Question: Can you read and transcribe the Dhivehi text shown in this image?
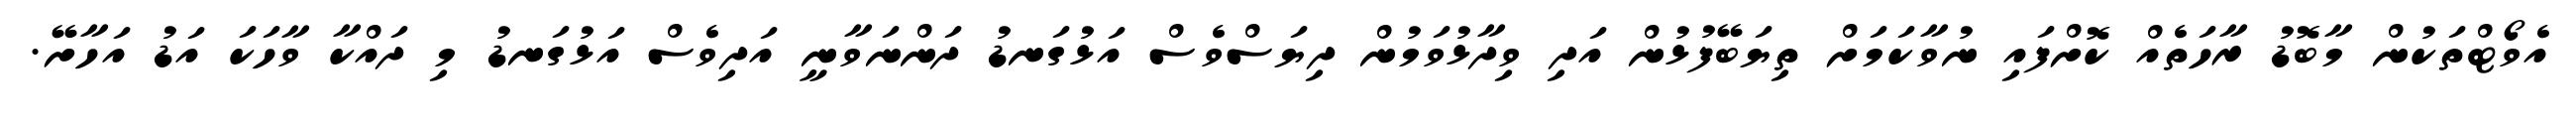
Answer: އެވޯޓްތަކުން މާބޮޑު ރާހަތެއް ކޮށްފައި ނުވާކަމަށް ތިޔަބޭފުޅުން އަދި ވިދާޅުވަމުން ދިޔަސްވެސް އަޅުގަނޑު ދަންނަވާނީ އަދިވެސް އަޅުގަނޑު މި ދައްކާ ވާހަކަ އަޑު އަހާށޭ.